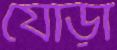
যোড়া